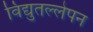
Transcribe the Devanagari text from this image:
विद्युतल्लेपन